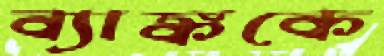
ব্যাঙ্ককে